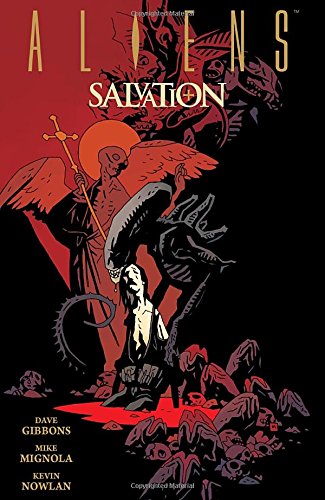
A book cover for Aliens: Salvation; Dave Gibbons; Comics & Graphic Novels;